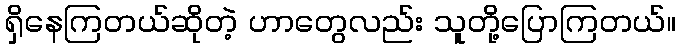
ရှိနေကြတယ်ဆိုတဲ့ ဟာတွေလည်း သူတို့ပြောကြတယ်။